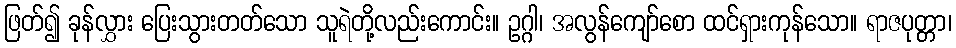
ဖြတ်၍ ခုန်လွှား ပြေးသွားတတ်သော သူရဲတို့လည်းကောင်း။ ဥဂ္ဂါ၊ အလွန်ကျော်စော ထင်ရှားကုန်သော။ ရာဇပုတ္တာ၊